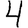
Digit: 4